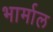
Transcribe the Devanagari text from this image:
भार्माल